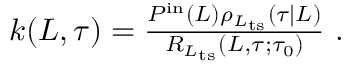
\begin{array} { r } { k ( L , \tau ) = \frac { P ^ { \mathrm { i n } } ( L ) \rho _ { L _ { \mathrm { t s } } } ( \tau | L ) } { R _ { L _ { \mathrm { t s } } } ( L , \tau ; \tau _ { 0 } ) } \ . } \end{array}